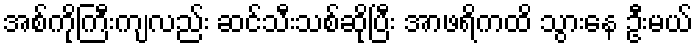
အစ်ကိုကြီးကျလည်း ဆင်သီးသစ်ဆိုပြီး အာဖရိကထိ သွားနေ ဦးမယ်